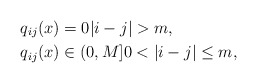
\begin{align*}q_{ij}(x) &=0 |i-j|>m, \\q_{ij}(x) &\in (0,M] 0<|i-j|\leq m,\end{align*}